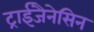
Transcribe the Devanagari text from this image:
ट्राईजैनेसिन